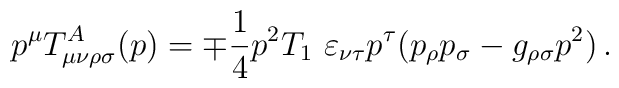
p^{\mu} T^{A}_{\mu \nu \rho \sigma}(p) = \mp \frac{1}{4} p^{2}T_{1}\ \varepsilon_{\nu\tau}p^{\tau}(p_{\rho}p_{\sigma}-g_{\rho\sigma}p^{2}) \, .